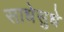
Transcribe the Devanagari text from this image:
साधेसुधे